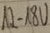
Text: 12-18V